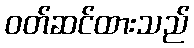
ဝတ်ဆင်ထားသည်